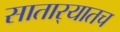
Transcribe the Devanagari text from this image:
सातार्‍यातच